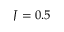
J = 0 . 5